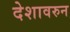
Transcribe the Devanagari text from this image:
देशावरुन